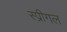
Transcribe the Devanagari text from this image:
स्प्रीगल